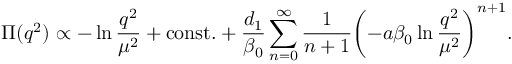
\Pi ( q ^ { 2 } ) \propto - \ln \frac { q ^ { 2 } } { \mu ^ { 2 } } + \mathrm { c o n s t . } + \frac { d _ { 1 } } { \beta _ { 0 } } \sum _ { n = 0 } ^ { \infty } \frac { 1 } { n + 1 } { \left( - a \beta _ { 0 } \ln \frac { q ^ { 2 } } { \mu ^ { 2 } } \right) } ^ { n + 1 } .